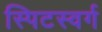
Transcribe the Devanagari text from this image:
स्पिटस्वर्ग